Leaving Certificate Examination, 1906
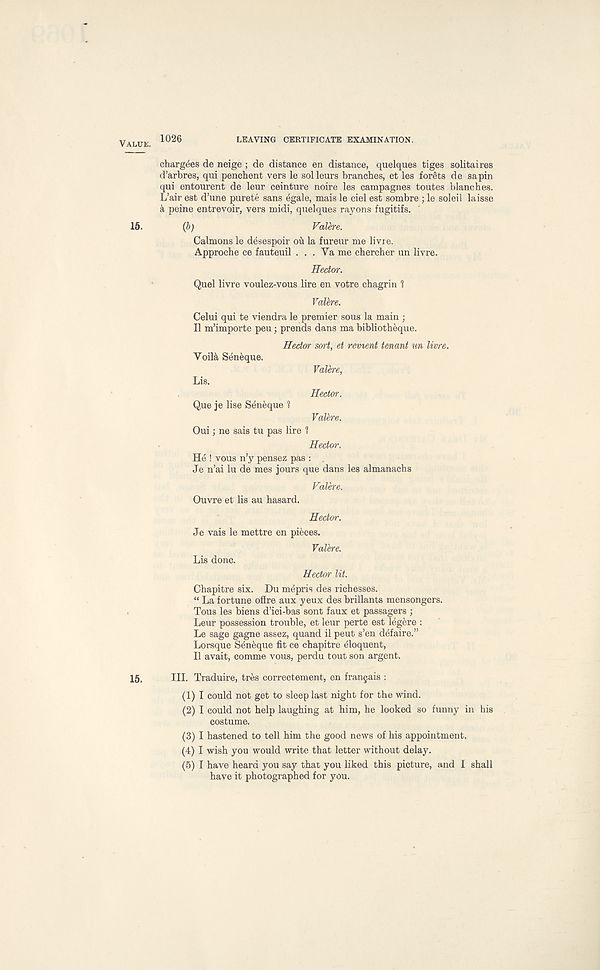
1026
LEAVING CERTIFICATE EXAMINATION.
chargees de neige ; de distance en distance, quelques tiges solitaires
d’arbres, qui penchent vers le solleurs branches, et les forets de sapin
qui entourent de leur ceinture noire les campagnes toutes blanches.
L’air est d’une purete sans egale, mais le ciel est sombre ; le soleil laisse
a peine entrevoir, vers midi, quelques rayons fugitifs.
(6;
Valb-e.
Calmons le desespoir ou la fureur me livre.
Approche ce fauteuil . . . Ya me chercher un livre.
Hector.
Quel livre voulez-vous lire en votre chagrin ?
Valhre.
Celui qui te viendra le premier sous la main ;
II m’importe peu; prends dans ma bibliotheque.
Voil& Seneque.
Lis.
Hector sort, et revient tenant un
Valere,
Hector.
Que je lise Seneque ?
Valkre.
Oui; ne sais tu pas lire 1
Hector.
He ! vous n’y pensez pas :
Je n’ai lu de mes jours que dans les almanachs
livre.
Valere.
Ouvre et lis au hasard.
Hector.
Je vais le mettre en pieces.
Lis done.
VaUre.
Hector lit.
Chapitre six. Du mdpris des richesses.
“ La fortune ofire aux yeux des brillants mensongers.
Tous les biens d’ici-bas sont faux et passagers ;
Leur possession trouble, et leur perte est legere :
Le sage gagne assez, quand il peut s’en defaire.”
Lorsque Seneque fit ce chapitre eloquent,
II avait, comme vous, perdu tout son argent.
III. Traduire, tres correctement, en frangais :
(1) I could not get to sleep last night for the wind.
(2) I could not help laughing at him, he looked so funny in his
costume.
(3) I hastened to tell him the good news of his appointment.
(4) I wish you would write that letter without delay.
(5) I have heard you say that you liked this picture, and I shall
have it photographed for you.